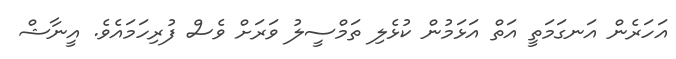
އަހަރެން އަނގަމަތީ އަތް އަަޅަމުން ކުޅެލި ތަމްސީލު ވަރަށް ވެސް ފުރިހަމައެވެ. އީނާޝް